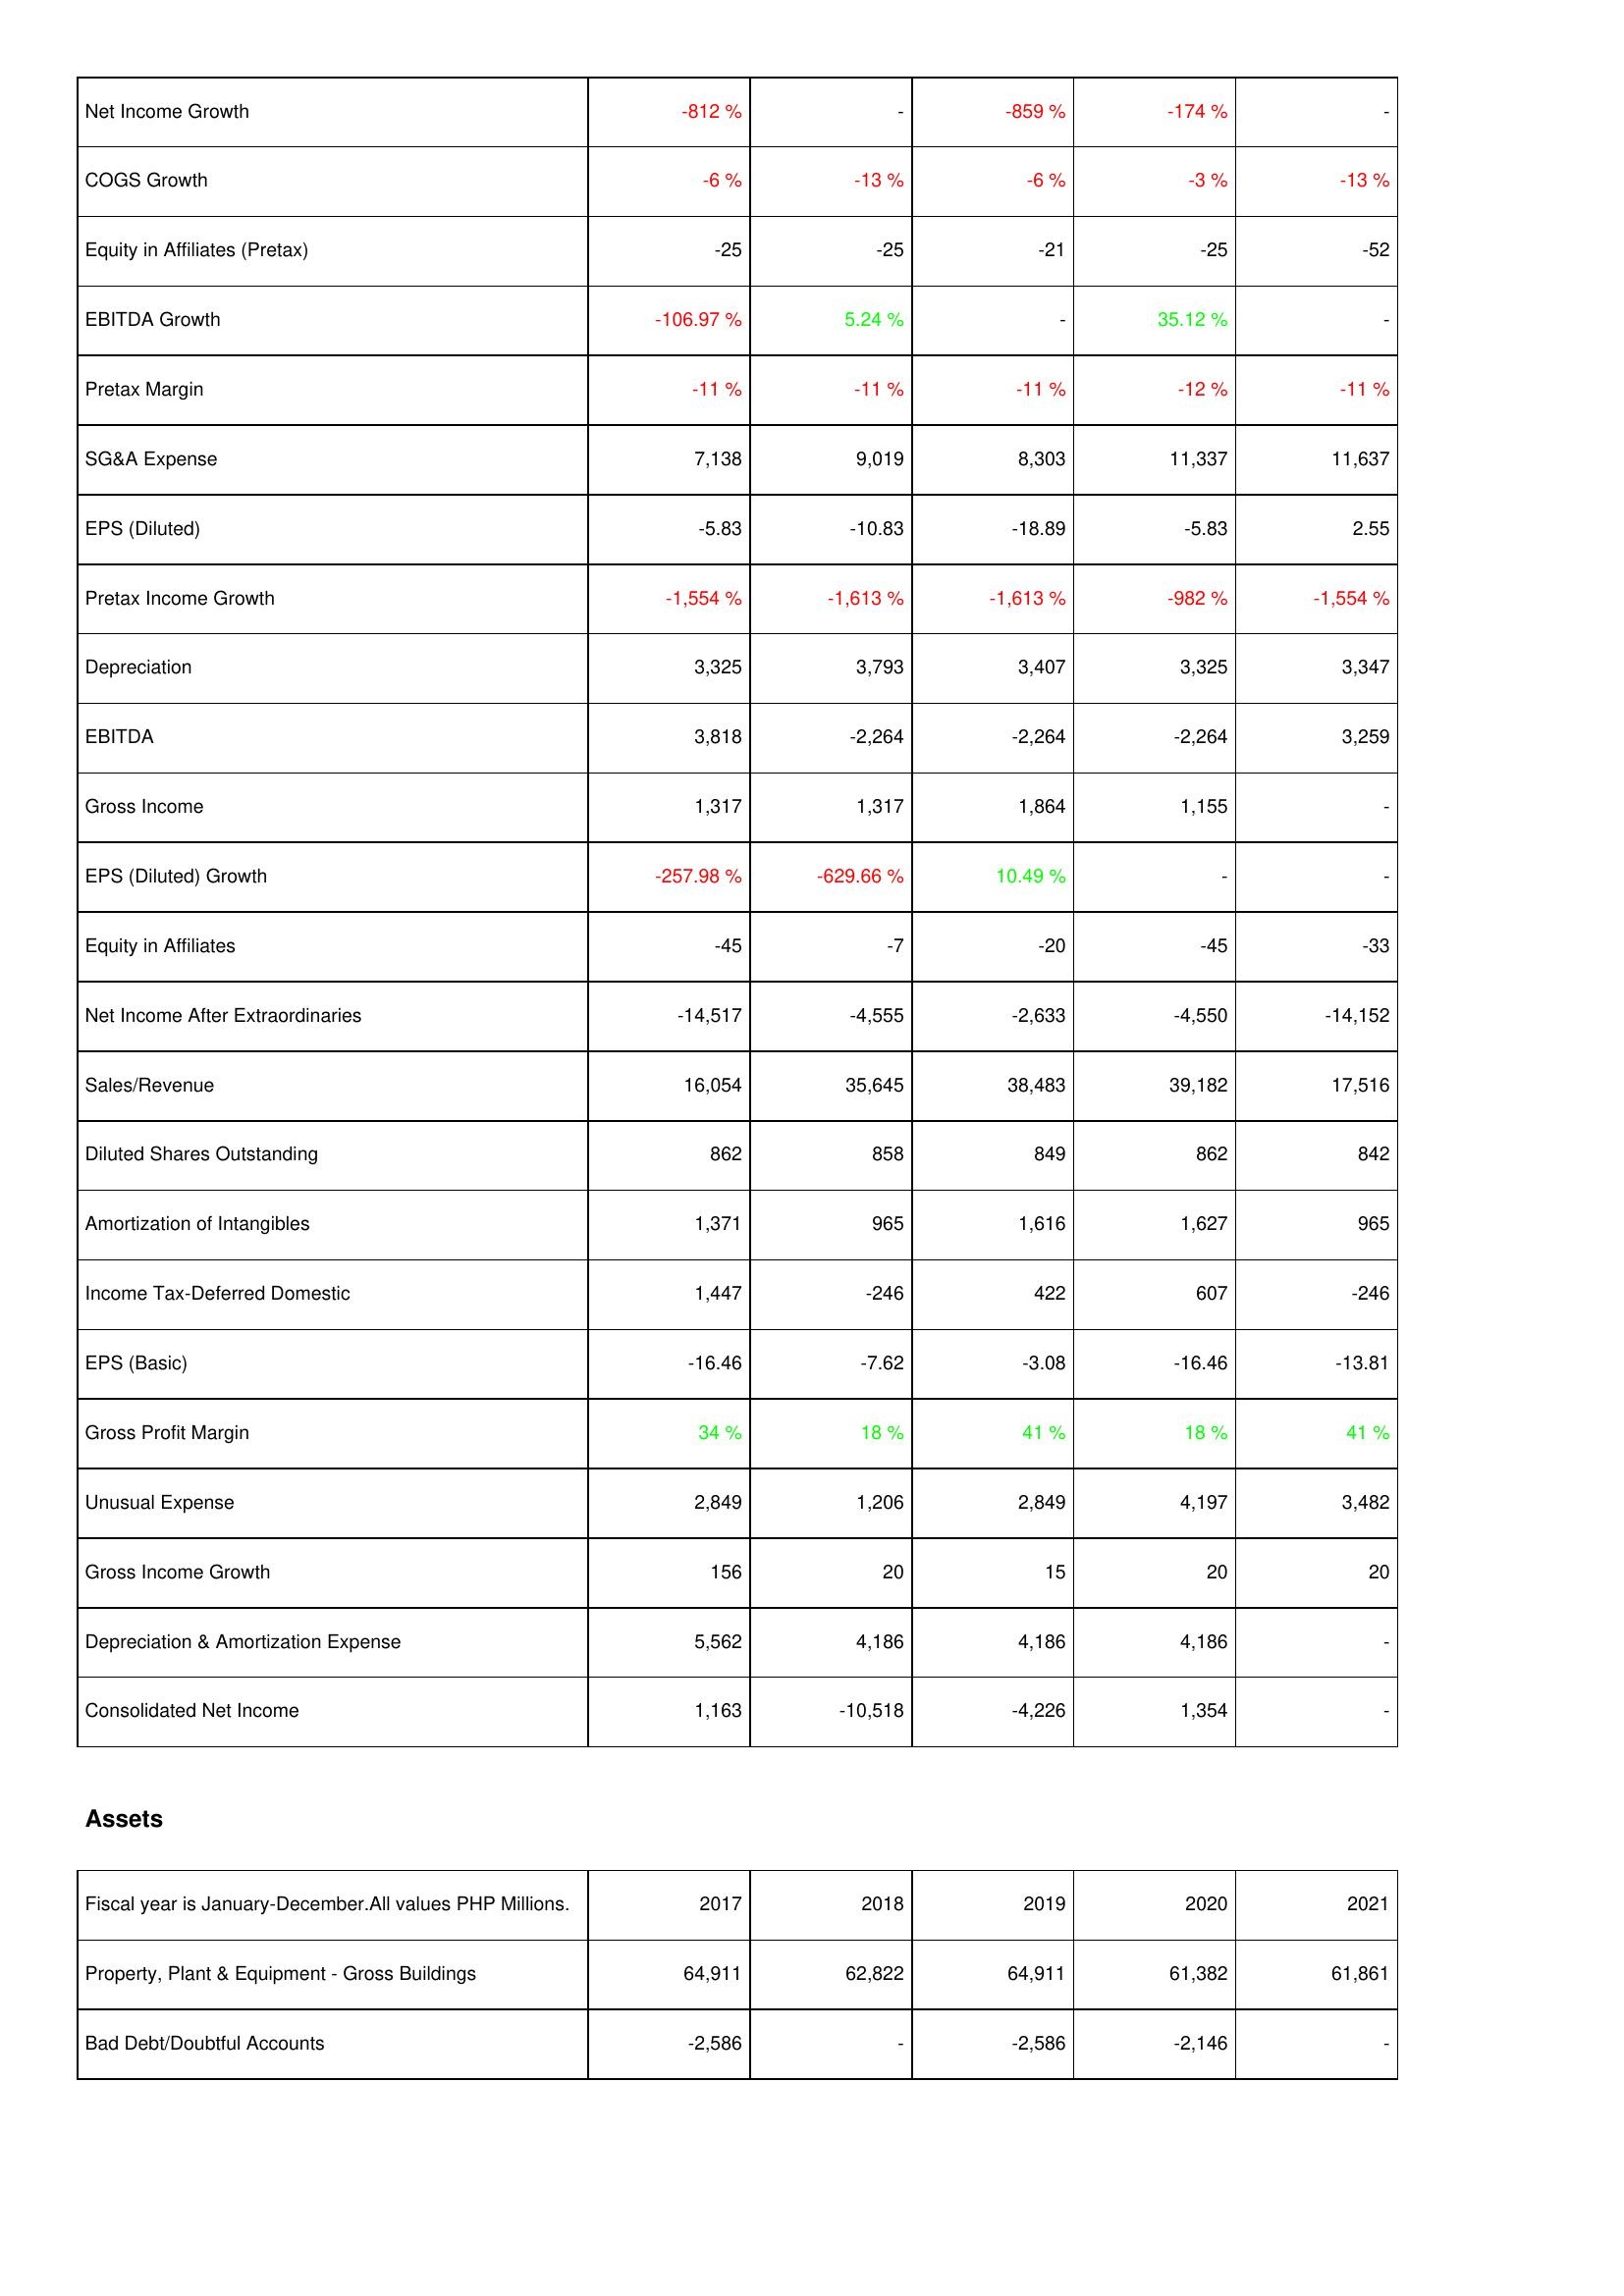
2017: Income Statement: Net Income Growth: -812 %
COGS Growth: -6 %
Equity in Affiliates (Pretax): -25
EBITDA Growth: -106.97 %
Pretax Margin: -11 %
SG&A Expense: 7,138
EPS (Diluted): -5.83
Pretax Income Growth: -1,554 %
Depreciation: 3,325
EBITDA: 3,818
Gross Income: 1,317
EPS (Diluted) Growth: -257.98 %
Equity in Affiliates: -45
Net Income After Extraordinaries: -14,517
Sales/Revenue: 16,054
Diluted Shares Outstanding: 862
Amortization of Intangibles: 1,371
Income Tax-Deferred Domestic: 1,447
EPS (Basic): -16.46
Gross Profit Margin: 34 %
Unusual Expense: 2,849
Gross Income Growth: 156
Depreciation & Amortization Expense: 5,562
Consolidated Net Income: 1,163
Assets: Property, Plant & Equipment - Gross Buildings: 64,911
Bad Debt/Doubtful Accounts: -2,586
2018: Income Statement: Net Income Growth: -
COGS Growth: -13 %
Equity in Affiliates (Pretax): -25
EBITDA Growth: 5.24 %
Pretax Margin: -11 %
SG&A Expense: 9,019
EPS (Diluted): -10.83
Pretax Income Growth: -1,613 %
Depreciation: 3,793
EBITDA: -2,264
Gross Income: 1,317
EPS (Diluted) Growth: -629.66 %
Equity in Affiliates: -7
Net Income After Extraordinaries: -4,555
Sales/Revenue: 35,645
Diluted Shares Outstanding: 858
Amortization of Intangibles: 965
Income Tax-Deferred Domestic: -246
EPS (Basic): -7.62
Gross Profit Margin: 18 %
Unusual Expense: 1,206
Gross Income Growth: 20
Depreciation & Amortization Expense: 4,186
Consolidated Net Income: -10,518
Assets: Property, Plant & Equipment - Gross Buildings: 62,822
Bad Debt/Doubtful Accounts: -
2019: Income Statement: Net Income Growth: -859 %
COGS Growth: -6 %
Equity in Affiliates (Pretax): -21
EBITDA Growth: -
Pretax Margin: -11 %
SG&A Expense: 8,303
EPS (Diluted): -18.89
Pretax Income Growth: -1,613 %
Depreciation: 3,407
EBITDA: -2,264
Gross Income: 1,864
EPS (Diluted) Growth: 10.49 %
Equity in Affiliates: -20
Net Income After Extraordinaries: -2,633
Sales/Revenue: 38,483
Diluted Shares Outstanding: 849
Amortization of Intangibles: 1,616
Income Tax-Deferred Domestic: 422
EPS (Basic): -3.08
Gross Profit Margin: 41 %
Unusual Expense: 2,849
Gross Income Growth: 15
Depreciation & Amortization Expense: 4,186
Consolidated Net Income: -4,226
Assets: Property, Plant & Equipment - Gross Buildings: 64,911
Bad Debt/Doubtful Accounts: -2,586
2020: Income Statement: Net Income Growth: -174 %
COGS Growth: -3 %
Equity in Affiliates (Pretax): -25
EBITDA Growth: 35.12 %
Pretax Margin: -12 %
SG&A Expense: 11,337
EPS (Diluted): -5.83
Pretax Income Growth: -982 %
Depreciation: 3,325
EBITDA: -2,264
Gross Income: 1,155
EPS (Diluted) Growth: -
Equity in Affiliates: -45
Net Income After Extraordinaries: -4,550
Sales/Revenue: 39,182
Diluted Shares Outstanding: 862
Amortization of Intangibles: 1,627
Income Tax-Deferred Domestic: 607
EPS (Basic): -16.46
Gross Profit Margin: 18 %
Unusual Expense: 4,197
Gross Income Growth: 20
Depreciation & Amortization Expense: 4,186
Consolidated Net Income: 1,354
Assets: Property, Plant & Equipment - Gross Buildings: 61,382
Bad Debt/Doubtful Accounts: -2,146
2021: Income Statement: Net Income Growth: -
COGS Growth: -13 %
Equity in Affiliates (Pretax): -52
EBITDA Growth: -
Pretax Margin: -11 %
SG&A Expense: 11,637
EPS (Diluted): 2.55
Pretax Income Growth: -1,554 %
Depreciation: 3,347
EBITDA: 3,259
Gross Income: -
EPS (Diluted) Growth: -
Equity in Affiliates: -33
Net Income After Extraordinaries: -14,152
Sales/Revenue: 17,516
Diluted Shares Outstanding: 842
Amortization of Intangibles: 965
Income Tax-Deferred Domestic: -246
EPS (Basic): -13.81
Gross Profit Margin: 41 %
Unusual Expense: 3,482
Gross Income Growth: 20
Depreciation & Amortization Expense: -
Consolidated Net Income: -
Assets: Property, Plant & Equipment - Gross Buildings: 61,861
Bad Debt/Doubtful Accounts: -